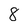
Character: 8